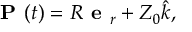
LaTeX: { \textbf { P } } ( t ) = R { \textbf { e } } _ { r } + Z _ { 0 } { \hat { k } } ,